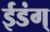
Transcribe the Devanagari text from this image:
ईडंग्